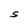
Character: S